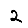
Digit: 2